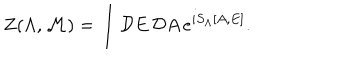
Z ( \Lambda , { \cal M } ) = \int { \cal D } E \, { \cal D } A \, e ^ { i S _ { \Lambda } [ A , E ] } .